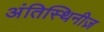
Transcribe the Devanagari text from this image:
अंतिस्थिनीज़